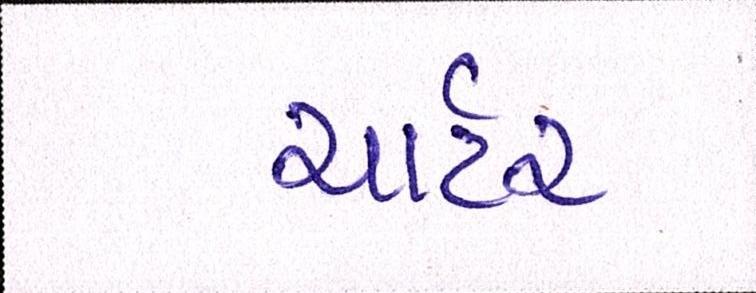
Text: ચાર્ટર